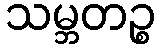
သမ္ဘတဉ္စ